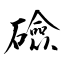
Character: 礆